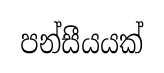
පන්සීයයක්